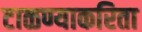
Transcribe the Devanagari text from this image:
टाळण्याकरिता